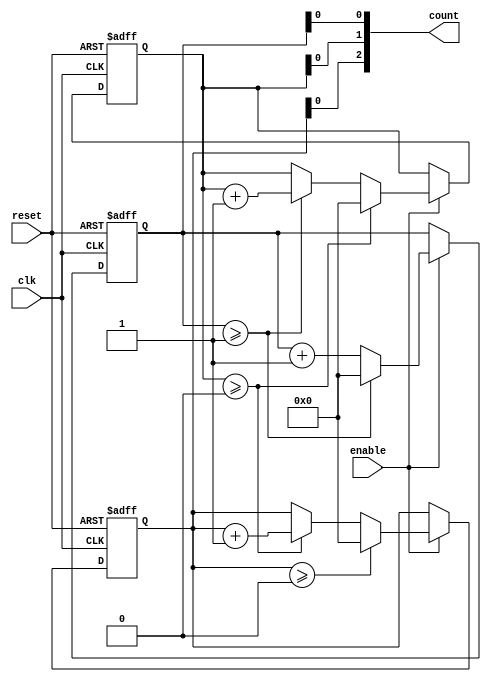
module mixed_radix_counter #(
    parameter DIGIT_COUNT = 3, // Number of digits in the counter
    parameter [0:DIGIT_COUNT-1] RADIXES = {10, 6, 4} // Radices for each digit
) (
    input wire clk,              // Clock input
    input wire reset,            // Reset input
    input wire enable,           // Enable input
    output reg [DIGIT_COUNT-1:0] count // Current count value
);

    // Internal register to hold the count values for each digit
    reg [3:0] digit [0:DIGIT_COUNT-1]; // 4 bits is enough for digit count (max radix is 10)

    integer i;

    // Initialize the counter on reset or change the count on clock edge
    always @(posedge clk or posedge reset) begin
        if (reset) begin
            // Reset all digits to zero
            for (i = 0; i < DIGIT_COUNT; i = i + 1) begin
                digit[i] <= 0;
            end
        end else if (enable) begin
            // Increment the least significant digit
            digit[0] <= digit[0] + 1;

            // Propagate carry through the digits
            for (i = 0; i < DIGIT_COUNT; i = i + 1) begin
                if (digit[i] >= RADIXES[i]) begin
                    digit[i] <= 0;
                    if (i < DIGIT_COUNT - 1) begin
                        digit[i + 1] <= digit[i + 1] + 1;
                    end
                end
            end
        end
    end

    // Output the current count value
    always @(*) begin
        for (i = 0; i < DIGIT_COUNT; i = i + 1) begin
            count[i] = digit[i];
        end
    end

endmodule